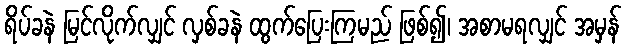
ရိပ်ခနဲ မြင်လိုက်လျှင် လှစ်ခနဲ ထွက်ပြေးကြမည် ဖြစ်၍၊ အစာမရလျှင် အမှန်